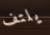
يلتف